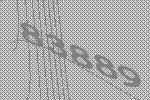
83889